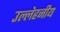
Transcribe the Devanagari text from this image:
उल्लेहनीय